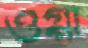
ওগ্গা